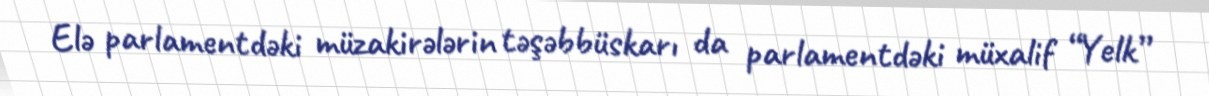
Elə parlamentdəki müzakirələrin təşəbbüskarı da parlamentdəki müxalif “Yelk”